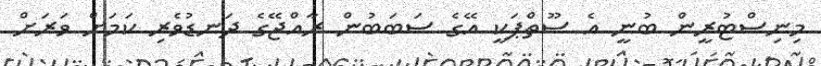
މިނިސްޓުރީން ބުނީ އެ ސޫތްޕަކީ އޭގެ ސަބަބުން ރާއްޖޭގެ ދަނޑުވެރި ކަމަށް ވަރަށް